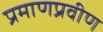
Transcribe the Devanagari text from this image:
प्रमाणप्रवीण